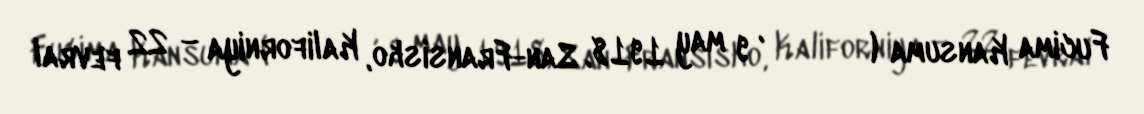
Fucima Kansuma (藤間 勘須磨, 9 may 1918, San-Fransisko, Kaliforniya – 22 fevral